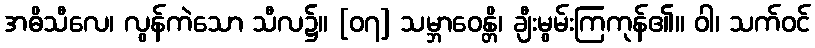
အဓိသီလေ၊ လွန်ကဲသော သီလ၌။ [၀၇] သမ္ဘာဝေန္တိ၊ ချီးမွမ်းကြကုန်၏။ ဝါ၊ သက်ဝင်